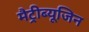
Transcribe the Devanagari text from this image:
मैट्रीब्यूजिन